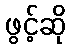
ဖွင့်ဆို